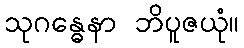
သုဂန္ဓေနာ ဘိပူဇယုံ။